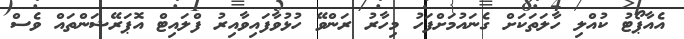
އެއާޕޯޓު ކުއްލި ހާލަތަކަށް ގެނައުމަށްފަހު މިހާރު ރަންވޭ ހުޅުވާފައިވާއިރު ފްލައިޓް އޮޕަރޭޝަންތައް ވެސް